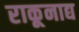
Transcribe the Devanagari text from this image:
राकूनाद्य